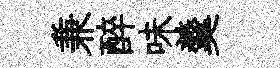
兼醉味羹